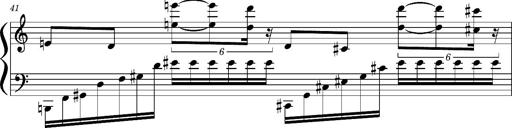
Title: Concerto sans orchestre, S.524a
Composer: Franz Liszt
Key: A major